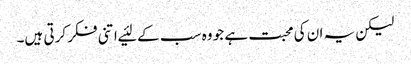
لیکن یہ ان کی محبت ہے جو وہ سب کے لئیے اتنی فکر کرتی ہیں۔